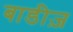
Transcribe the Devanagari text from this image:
बाडीज़